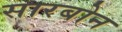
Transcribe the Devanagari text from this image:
सारबोन